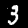
Label: 3